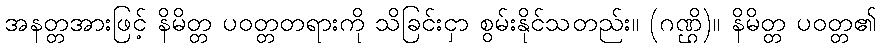
အနတ္တအားဖြင့် နိမိတ္တ ပဝတ္တတရားကို သိခြင်းငှာ စွမ်းနိုင်သတည်း။ (ဂဏ္ဌိ)။ နိမိတ္တ ပဝတ္တ၏